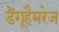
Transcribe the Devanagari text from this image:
डेंगूहैमरेज